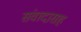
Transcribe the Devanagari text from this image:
संवादासह